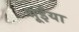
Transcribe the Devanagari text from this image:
भूईंया